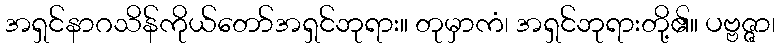
အရှင်နာဂသိန်ကိုယ်တော်အရှင်ဘုရား။ တုမှာကံ၊ အရှင်ဘုရားတို့၏။ ပဗ္ဗဇ္ဇာ၊